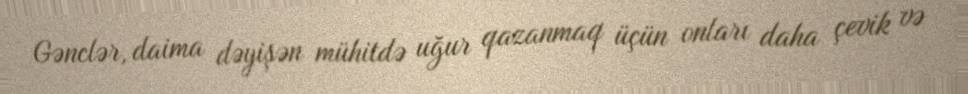
Gənclər, daima dəyişən mühitdə uğur qazanmaq üçün onları daha çevik və